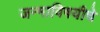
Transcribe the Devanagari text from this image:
जन्माविषयीचे